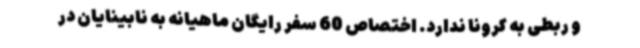
و ربطی به کرونا ندارد. اختصاص 60 سفر رایگان ماهیانه به نابینایان در